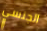
الجنسي